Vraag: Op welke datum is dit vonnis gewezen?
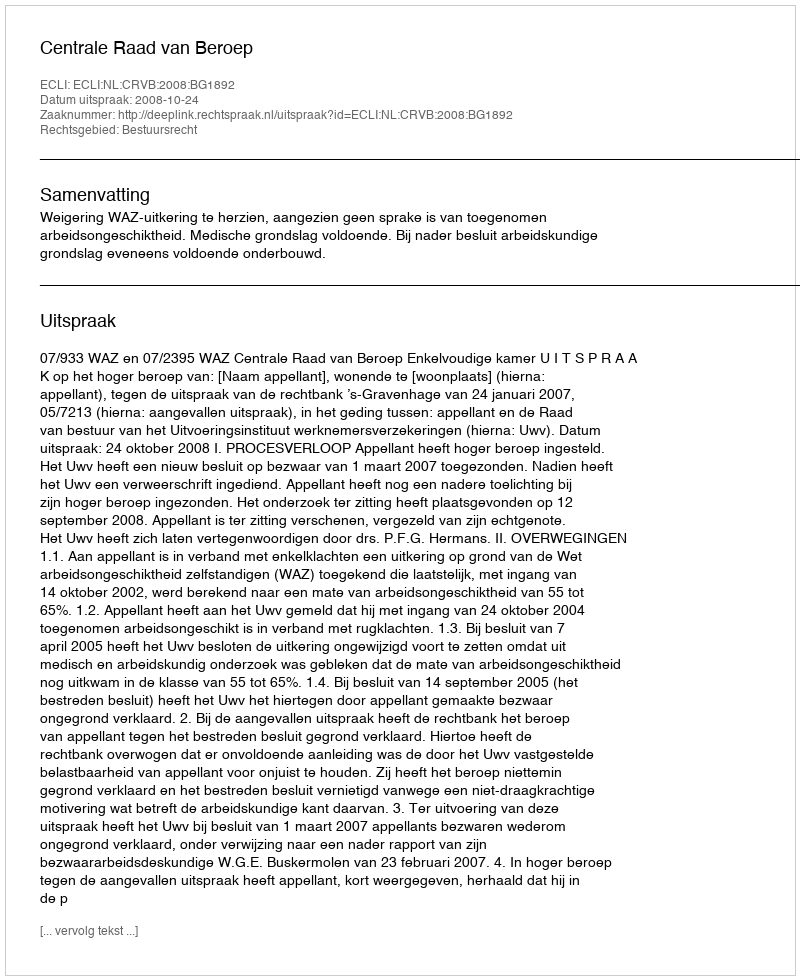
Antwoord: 2008-10-24